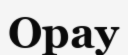
Орау